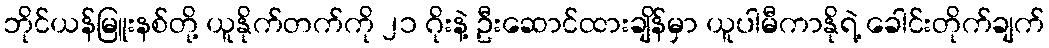
ဘိုင်ယန်မြူးနစ်တို့ ယူနိုက်တက်ကို ၂၁ ဂိုးနဲ့ ဦးဆောင်ထားချိန်မှာ ယူပါမီကာနိုရဲ့ ခေါင်းတိုက်ချက်